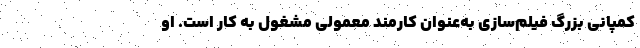
کمپانی بزرگ فیلم‌سازی به‌عنوان کارمند معمولی مشغول به کار است. او